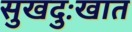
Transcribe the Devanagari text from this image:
सुखदुःखात